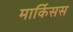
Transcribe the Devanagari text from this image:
मार्किसस